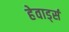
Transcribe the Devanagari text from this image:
हेवार्ड्स